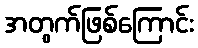
အတွက်ဖြစ်ကြောင်း